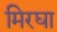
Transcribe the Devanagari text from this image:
मिरघा